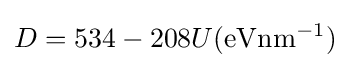
D=534-208U(\mathrm {eV} \mathrm {nm^{-1}} )